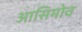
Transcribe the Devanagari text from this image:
आसिमोव